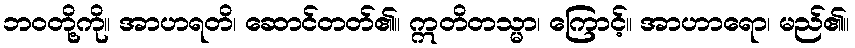
ဘဝတို့ကို။ အာဟရတိ၊ ဆောင်တတ်၏။ ဣတိတသ္မာ၊ ကြောင့်။ အာဟာရော၊ မည်၏။